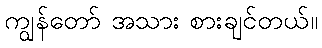
ကျွန်တော် အသား စားချင်တယ်။